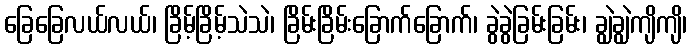
ခြေခြေလယ်လယ်၊ ခြိမ့်ခြိမ့်သဲသဲ၊ ခြိမ်းခြိမ်းခြောက်ခြောက်၊ ခွဲခွဲခြမ်းခြမ်း၊ ချွဲချွဲကျိကျိ၊